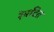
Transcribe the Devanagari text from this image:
रेमटित